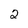
Character: 2